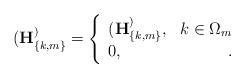
LaTeX: \begin{align*} (\mathbf{H}^)_{\{k,m\}} = \left\{ \begin{array}{lr} (\mathbf{H}^)_{\{k,m\}}, &k \in \Omega_m\\ 0, &. \end{array} \right.\end{align*}